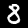
Digit: 8